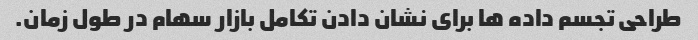
طراحی تجسم داده ها برای نشان دادن تکامل بازار سهام در طول زمان.